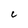
Character: C